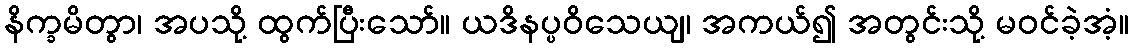
နိက္ခမိတွာ၊ အပသို့ ထွက်ပြီးသော်။ ယဒိနပ္ပဝိသေယျ၊ အကယ်၍ အတွင်းသို့ မဝင်ခဲ့အံ့။